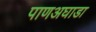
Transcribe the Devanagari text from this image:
पाणअघाडा